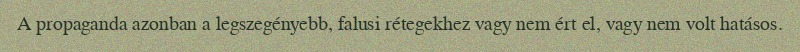
A propaganda azonban a legszegényebb, falusi rétegekhez vagy nem ért el, vagy nem volt hatásos.